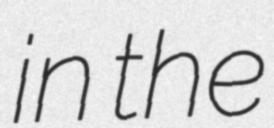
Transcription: in the